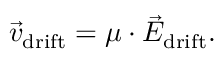
\Vec { v } _ { \mathrm { { d r i f t } } } = \mu \cdot \Vec { E } _ { \mathrm { { d r i f t } } } .